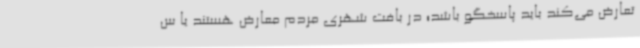
تعارض می‌کند باید پاسخگو باشد؛ در بافت شهری مردم معارض هستند یا س